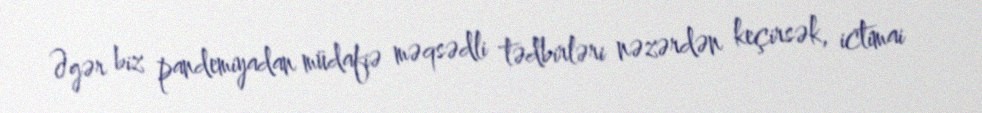
Əgər biz pandemiyadan müdafiə məqsədli tədbirləri nəzərdən keçirsək, ictimai